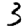
Digit: 3